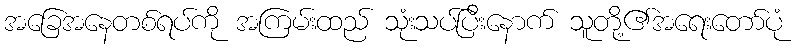
အခြေအနေတစ်ရပ်ကို အကြမ်းထည် သုံးသပ်ပြီးနောက် သူတို့၏အရေးတော်ပုံ